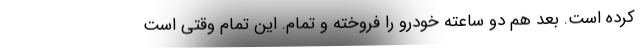
کرده است. بعد هم دو ساعته خودرو را فروخته و تمام. این تمام وقتی است